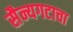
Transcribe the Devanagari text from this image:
सैन्यगटाचा